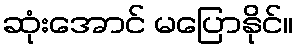
ဆုံးအောင် မပြောနိုင်။